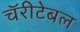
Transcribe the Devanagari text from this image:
चॅरीटेबल